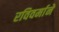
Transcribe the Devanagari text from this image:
रविवर्माने